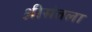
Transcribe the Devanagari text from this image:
श्रीसंतला